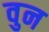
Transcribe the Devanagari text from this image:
वुन